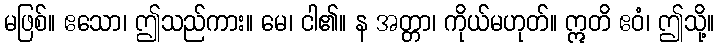
မဖြစ်။ ဧသော၊ ဤသည်ကား။ မေ၊ ငါ၏။ န အတ္တာ၊ ကိုယ်မဟုတ်။ ဣတိ ဧဝံ၊ ဤသို့။